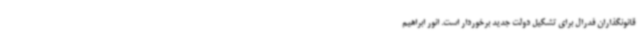
قانونگذاران فدرال برای تشکیل دولت جدید برخوردار است. انور ابراهیم